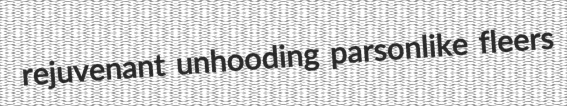
rejuvenant unhooding parsonlike fleers